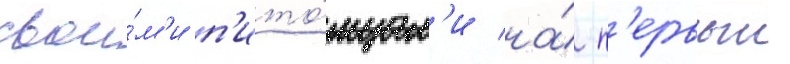
свои́м'и п'ито́мцам'и на́ п'ервыи